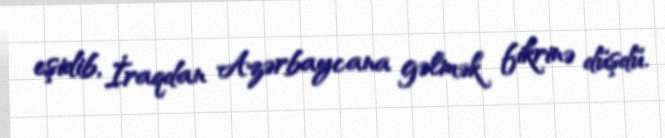
eşidib, İraqdan Azərbaycana gəlmək fikrinə düşdü.